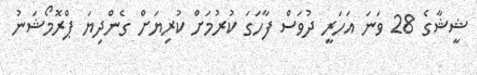
ޝީޝާގެ 28 ވަނަ އަހަރީ ދުވަސް ފާހަގަ ކުރުމަށް ކުރިޔަށް ގެންދިޔަ ޕްރޮމޯޝަނު